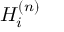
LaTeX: H _ { i } ^ { ( n ) }